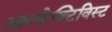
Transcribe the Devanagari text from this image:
आब्जेक्टिविस्ट